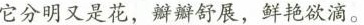
它分明又是花，瓣瓣舒展，鲜艳欲滴。